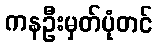
ကနဦးမှတ်ပုံတင်